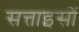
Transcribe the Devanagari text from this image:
सत्ताइसों